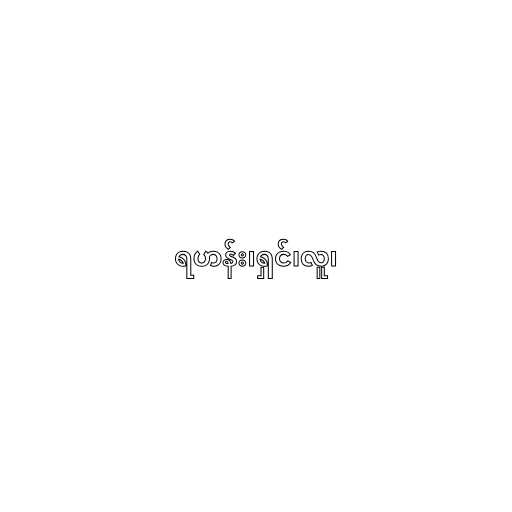
ရဟန်း၊ရှင်၊လူ၊